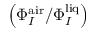
\left( { \Phi _ { I } ^ { \mathrm { a i r } } } / { \Phi _ { I } ^ { \mathrm { l i q } } } \right)